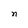
Character: n